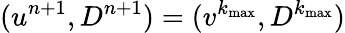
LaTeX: (u^{n+1},D^{n+1})=(v^{k_{\operatorname*{max}}},D^{k_{\operatorname*{max}}})